Rangoon Lunatic Asylum 1893-1897 - 1893-1897
Year: 1893
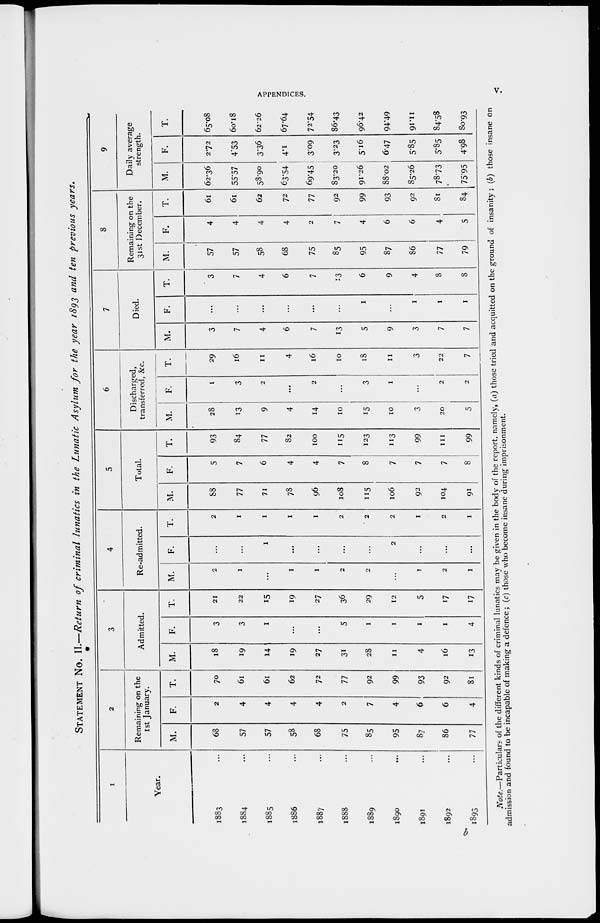
APPENDICES.
v.
STATEMENT No. II.—Return of criminal lunatics in the Lunatic Asylum for the year 1893 and ten previous years.
1
Year.
1883 ...
1884 ...
1885 ...
1886 ...
1887 ...
1888 ...
1889 ...
1890 ...
1891 ...
1892 ...
1893 ...
2
Remaining on the
1st January.
M.
68
57
57
58
68
75
85
95
87
86
77
F.
2
4
4
4
4
2
7
4
6
6
4
T.
70
61
61
62
72
77
92
99
93
92
81
3
Admitted.
M.
18
19
14
19
27
31
28
11
4
16
13
F.
3
3
1
...
...
5
1
1
1
1
4
T.
21
22
15
19
27
36
29
12
5
17
17
4
Re-admitted.
M.
2
1
...
1
1
2
2
...
1
2
1
F.
...
...
1
...
...
...
...
2
...
...
...
T.
2
1
1
1
1
2
2
2
1
2
1
5
Total.
M.
88
77
71
78
96
108
115
106
92
104
91
F.
5
7
6
4
4
7
8
7
7
7
8
T.
93
84
77
82
100
115
123
113
99
111
99
6
Discharged,
transferred, &c.
M.
28
13
9
4
14
10
15
10
3
20
5
F.
1
3
2
...
2
...
3
1
...
2
2
T.
29
16
11
4
16
10
18
11
3
22
7
7
Died.
M.
3
7
4
6
7
13
5
9
3
7
7
F.
...
...
...
...
...
...
1
...
1
1
1
T.
3
7
4
6
7
13
6
9
4
8
8
8
Remaining on the
31st December.
M.
57
57
58
68
75
85
95
87
86
77
79
F.
4
4
4
4
2
7
4
6
6
4
5
T.
61
61
62
72
77
92
99
93
92
81
84
9
Daily average
strength.
M.
62.36
55.57
58.90
63.54
69.45
83.20
91.26
88.02
85.26
78.73
75.95
F.
2.72
4.53
3.36
4.1
3.09
3.23
5.16
6.47
5.85
5.85
4.98
T.
65.08
60.18
62.26
67.64
72.54
86.43
96.42
94.49
91.11
84.58
80.93
Note.—Particulars of the different kinds of criminal lunatics may be given in the body of the report, namely, (a) those tried and acquitted on the ground of insanity; (b) those insane on
admission and found to be incapable of making a defence; (c) those who become insane during imprisonment.